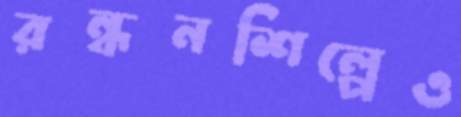
রন্ধনশিল্পেও